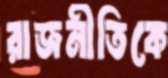
রাজনীতিকে